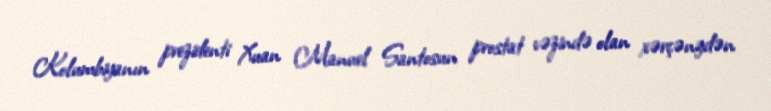
Kolumbiyanın prezidenti Xuan Manuel Santosun prostat vəzində olan xərçəngdən